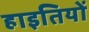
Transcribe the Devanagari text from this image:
हाइतियों